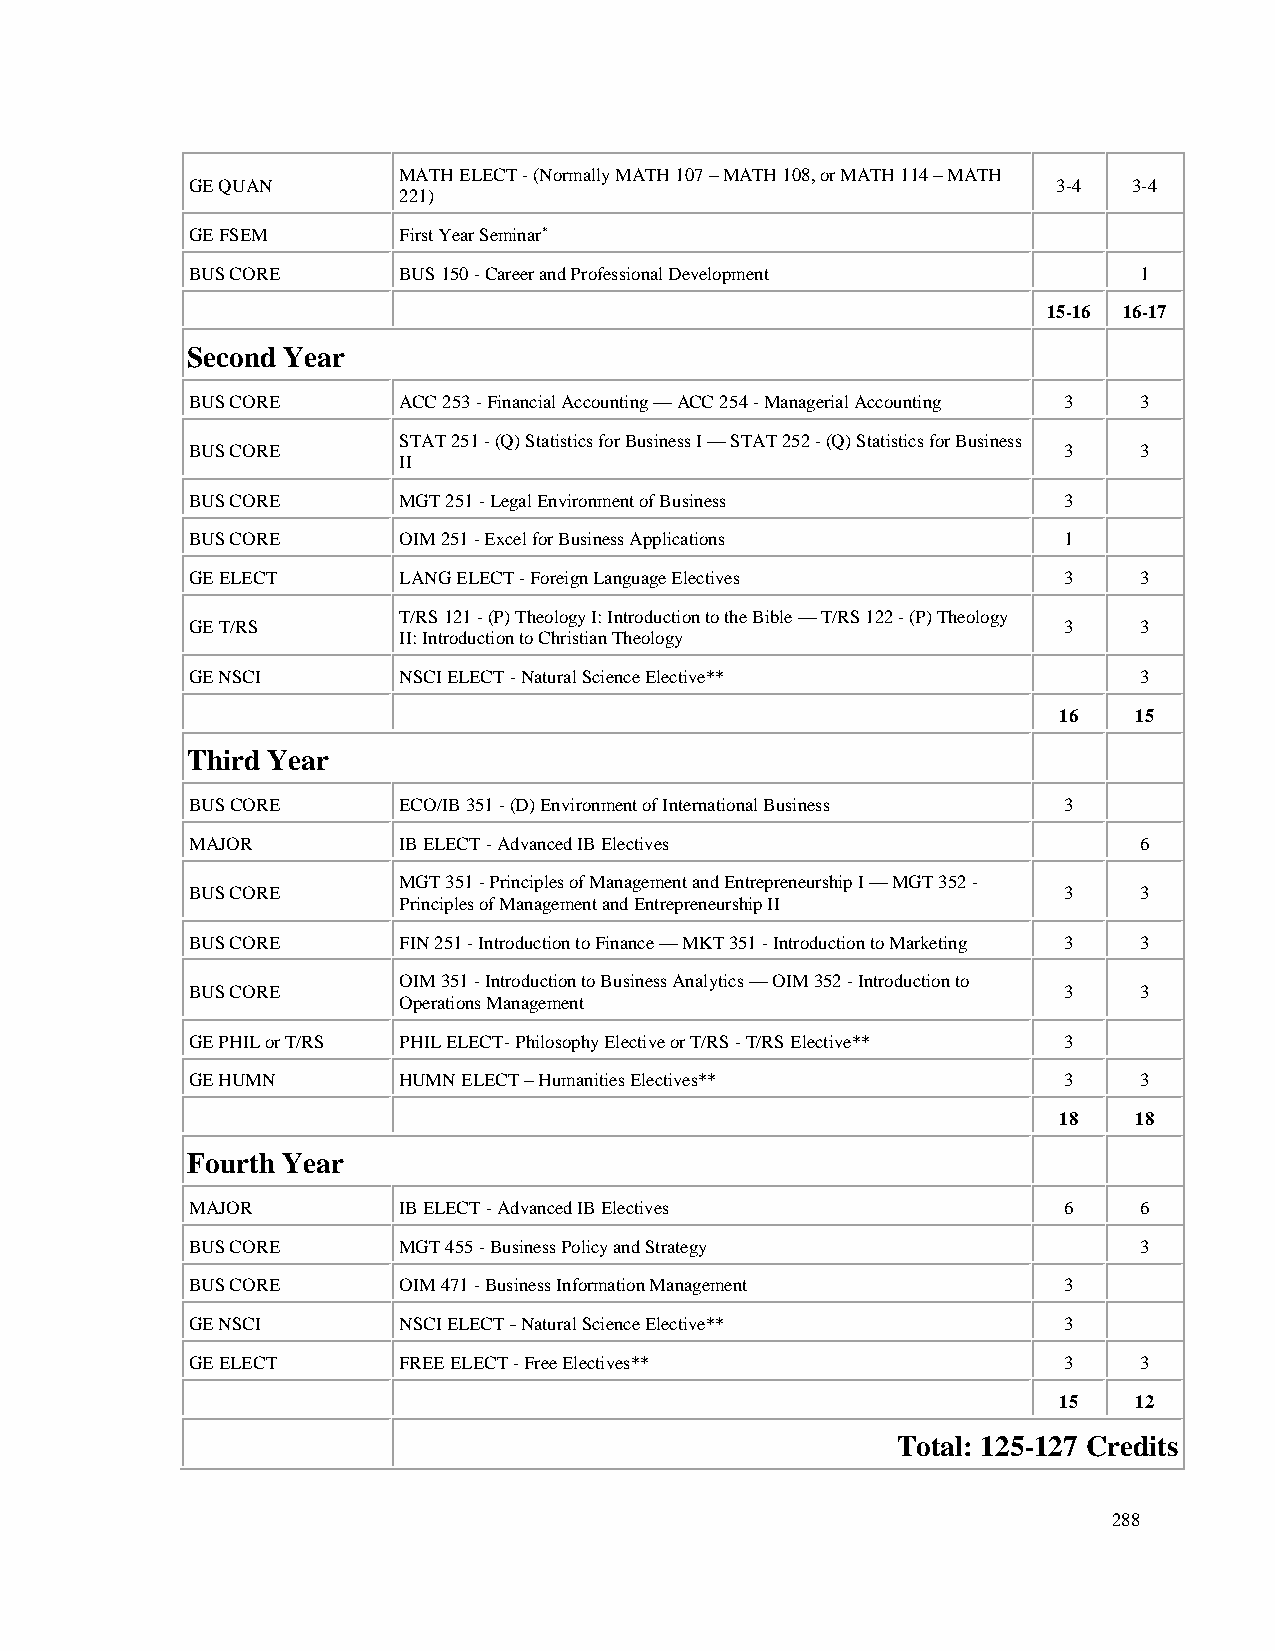
MATH ELECT - (Normally MATH 107 – MATH 108, or MATH 114 – MATH
 GE QUAN                                                  3-4  3-4
 221)
 GE FSEM      First Year Seminar*
 BUS CORE     BUS 150 - Career and Professional Development    1
 15-16 16-17
 Second Year
 BUS CORE     ACC 253 - Financial Accounting — ACC 254 - Managerial Accounting 3 3
 STAT 251 - (Q) Statistics for Business I — STAT 252 - (Q) Statistics for Business
 BUS CORE                                                 3    3
 II
 BUS CORE     MGT 251 - Legal Environment of Business     3
 BUS CORE     OIM 251 - Excel for Business Applications   1
 GE ELECT     LANG ELECT - Foreign Language Electives     3    3
 T/RS 121 - (P) Theology I: Introduction to the Bible — T/RS 122 - (P) Theology
 GE T/RS                                                  3    3
 II: Introduction to Christian Theology
 GE NSCI      NSCI ELECT - Natural Science Elective**          3
 16   15
 Third Year
 BUS CORE     ECO/IB 351 - (D) Environment of International Business 3
 MAJOR        IB ELECT - Advanced IB Electives                 6
 MGT 351 - Principles of Management and Entrepreneurship I — MGT 352 -
 BUS CORE                                                 3    3
 Principles of Management and Entrepreneurship II
 BUS CORE     FIN 251 - Introduction to Finance — MKT 351 - Introduction to Marketing 3 3
 OIM 351 - Introduction to Business Analytics — OIM 352 - Introduction to
 BUS CORE                                                 3    3
 Operations Management
 GE PHIL or T/RS PHIL ELECT- Philosophy Elective or T/RS - T/RS Elective** 3
 GE HUMN      HUMN ELECT – Humanities Electives**         3    3
 18   18
 Fourth Year
 MAJOR        IB ELECT - Advanced IB Electives            6    6
 BUS CORE     MGT 455 - Business Policy and Strategy           3
 BUS CORE     OIM 471 - Business Information Management   3
 GE NSCI      NSCI ELECT _ Natural Science Elective**     3
 GE ELECT     FREE ELECT - Free Electives**               3    3
 15   12
 Total: 125-127 Credits
 288